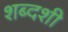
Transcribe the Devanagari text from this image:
शब्दशी